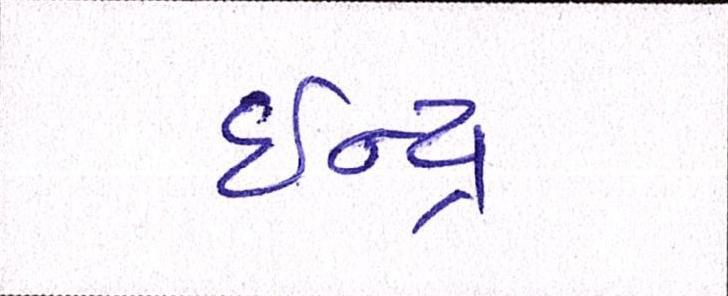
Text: ઈન્દ્ર